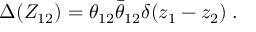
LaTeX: \Delta ( Z _ { 1 2 } ) = \theta _ { 1 2 } { \bar { \theta } } _ { 1 2 } \delta ( z _ { 1 } - z _ { 2 } ) \; .